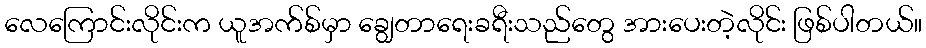
လေကြောင်းလိုင်းက ယူအက်စ်မှာ ချွေတာရေးခရီးသည်တွေ အားပေးတဲ့လိုင်း ဖြစ်ပါတယ်။